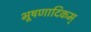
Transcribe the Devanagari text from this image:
भूषणादिकम्